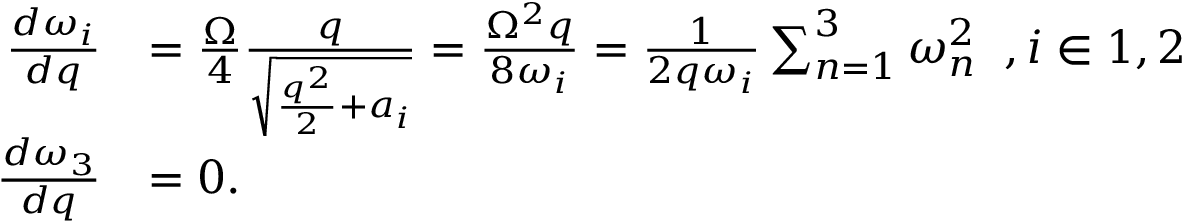
\begin{array} { r l } { \frac { d \omega _ { i } } { d q } } & { = \frac { \Omega } { 4 } \frac { q } { \sqrt { \frac { q ^ { 2 } } { 2 } + a _ { i } } } = \frac { \Omega ^ { 2 } q } { 8 \omega _ { i } } = \frac { 1 } { 2 q \omega _ { i } } \sum _ { n = 1 } ^ { 3 } \omega _ { n } ^ { 2 } \; \; , i \in { 1 , 2 } } \\ { \frac { d \omega _ { 3 } } { d q } } & { = 0 . } \end{array}